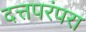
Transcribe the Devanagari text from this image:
दत्तपरंपरा